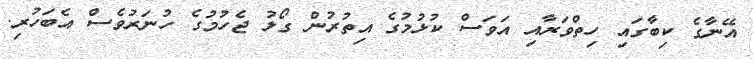
އޭނާގެ ކިބާގައި ހިތްވަރާއި އަވަސް ކުޅުމުގެ އިތުރުން ގޯލު ޖެހުމުގެ ހުނަރުވެސް އެބަހުރި.